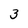
Character: 3